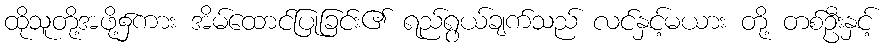
ထိုသူတို့အဖို့၌ကား အိမ်ထောင်ပြုခြင်း၏ ရည်ရွယ်ချက်သည် လင်နှင့်မယား တို့ တစ်ဦးနှင့်